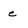
Character: e